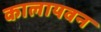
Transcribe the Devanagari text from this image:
कालायवन